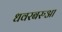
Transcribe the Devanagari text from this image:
धवरबरुआ